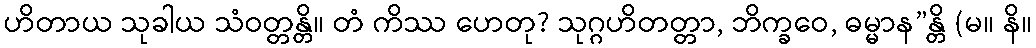
ဟိတာယ သုခါယ သံဝတ္တန္တိ။ တံ ကိဿ ဟေတု? သုဂ္ဂဟိတတ္တာ, ဘိက္ခဝေ, ဓမ္မာန”န္တိ (မ။ နိ။